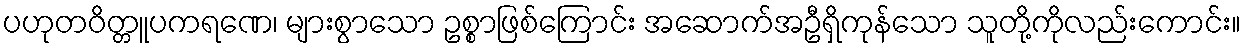
ပဟုတဝိတ္တူပကရဏေ၊ များစွာသော ဥစ္စာဖြစ်ကြောင်း အဆောက်အဦရှိကုန်သော သူတို့ကိုလည်းကောင်း။